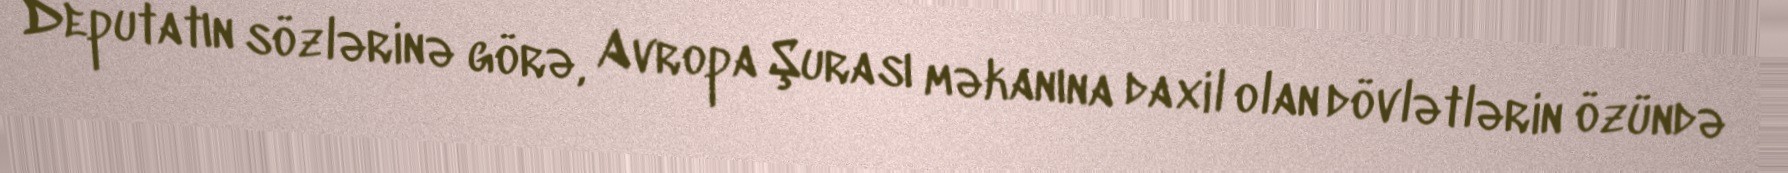
Deputatın sözlərinə görə, Avropa Şurası məkanına daxil olan dövlətlərin özündə